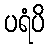
ပရံပိ